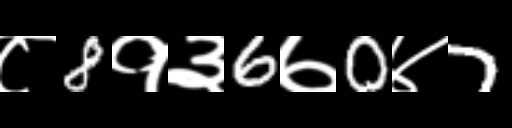
Text: ८8१३6७0४7